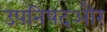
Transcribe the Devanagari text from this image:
उपनिषदऔर